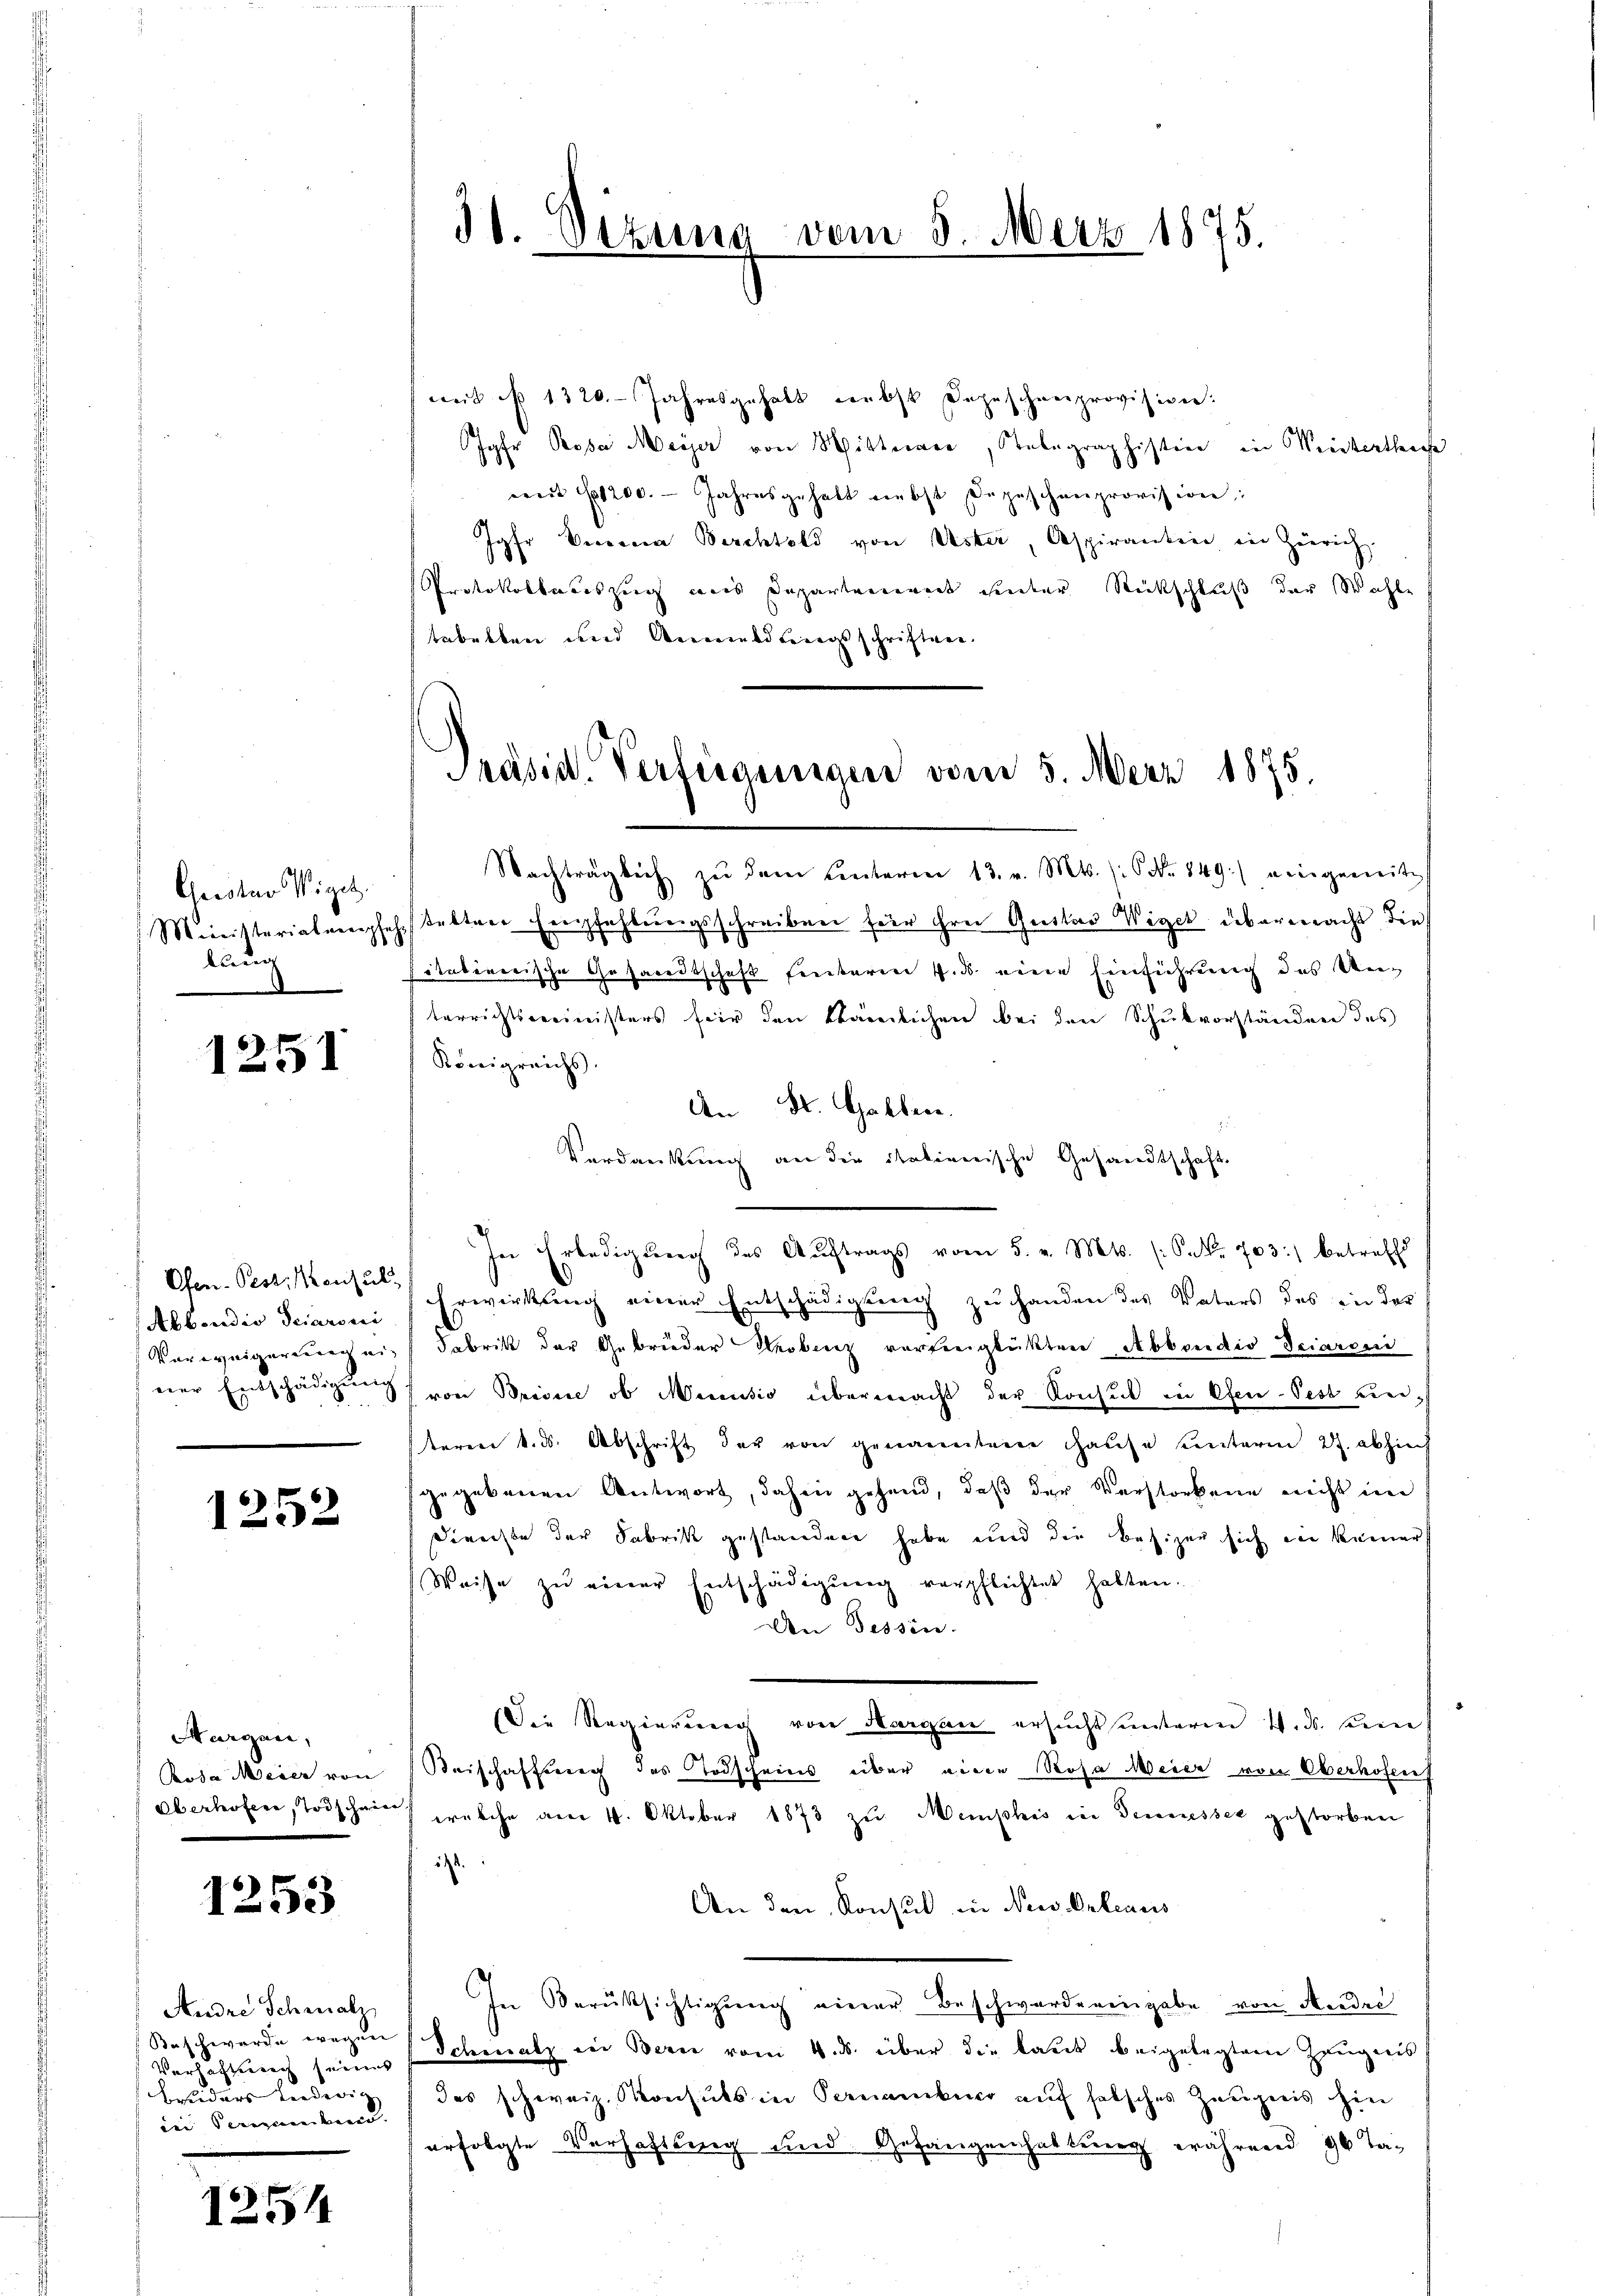
Gustav Wiget.
Ministerialaempfehlung

1251

Ofen. Pest. Konsul
Abbondio Seiaroui
Vorweigerung einer Entschädigung

1252

Margau,
Poda Meier von
Oberhofern, Todschwie

1253

Andre Schmalz
Beschwerde wegen
Verhaftung seines
Besieders Liederig
dii denkener

1254

wet § 1320. Jahresgehalt nebst Depeschenprovision:
Jgfr. Rosa Meyer von Sitterner, Telegraphistier in Weiterthei
weit 1200. Jahresgehalt verbst Depeschenprovision;
Jgfr. Vierna Berchtold von Uster, Aspirantier in Zürich,
Protokollauszug aus Departement einter Rückschluß der Wahl
tabelben und Anwaldungsschriften.

31. Dezung vom 3. Merz 1875.

Präsid. Verfügungen vom 5. März 1875.

Nachträglich zŭ dem Centeren 13. v. Mts. (Nr. 849.) eingereite
tettene Empfehlungsschreiben für ihrer Gustav Wiget übermacht die
sitatirerische Gesandtschaft fertaren 7. ds. eine Einführung des Unterrichtsministers für den kämlichen bei den Schulvorständen des
Königreichs.
An St. Gallern.
Verdankung an die italienische Gesandtschaft
In Erledigŭng des Aŭftrags vom 5. v. Mts. (Frk. 703. betreff
Erwirkung einer Entschädigung zu handen des Vaters des in der
Fabrik der Gebrüder Probenz verfreiglükten Abbondio Sciaren
von Bridice, ob Meiendio übermacht der Konsul in Ofen-Pest unteren k. ds. Abschrift der von genanntene Hause unterm 27. abhin
gegebenen Antwort, dahin gehend, daß der Verstorbene nicht im
Dienste der Fabrik gestanden habe und die Besizen sich in keiner
Weise zŭ einer Entschädigŭng verpflichtet hatten.
Den Tessin.
Die Regierung von Morgen ersuchthunteren 4. ds. eine
Beischaftung des Todscheins über eine Rosa Meier von Oberhofen
welche am 4. Oktober 1873 zu Mephis in Tennesser gestorben
.
i
An den Konsul in New-Orleans
In Berüksichtigung einer Beschwärderingabe von Andel
Ichmalz ein Bern vom 4. ds. über die laut beigelegten Zeugnis
das schweiz. Monsuls in Formenkung auf halsches Zeugnis hin
erfolgte Verhaftung und Gefangenhaltung während 96 Ta¬